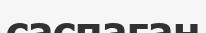
саспаған